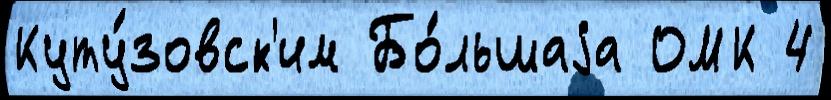
Куту́зовск'им Бо́льшаjа ОМК 4